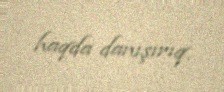
haqda danışırıq.